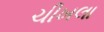
ચીખલા